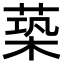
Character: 𦵶